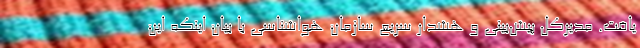
یافت. مدیرکل پیش‌بینی و هشدار سریع سازمان هواشناسی با بیان اینکه این